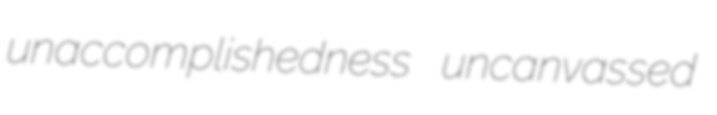
unaccomplishedness uncanvassed